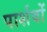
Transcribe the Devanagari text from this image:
पार्शवों